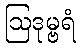
ဩဒုမ္ဗရံ